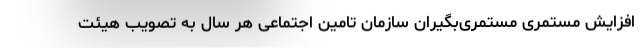
افزایش مستمری مستمری‌بگیران سازمان تامین اجتماعی هر سال به تصویب هیئت